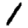
Digit: 1